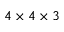
4 \times 4 \times 3